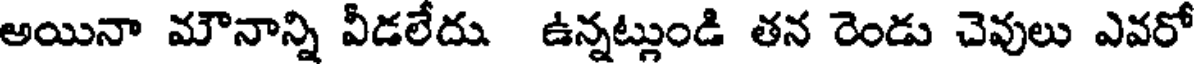
అయినా మౌనాన్ని వీడలేదు. ఉన్నట్లుండి తన రెండు చెవులు ఎవరో